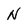
Character: N